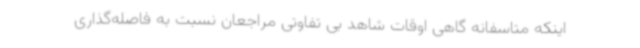
اینکه متاسفانه گاهی اوقات شاهد بی تفاوتی مراجعان نسبت به فاصله‌گذاری